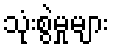
သုံးစွဲမှုများ